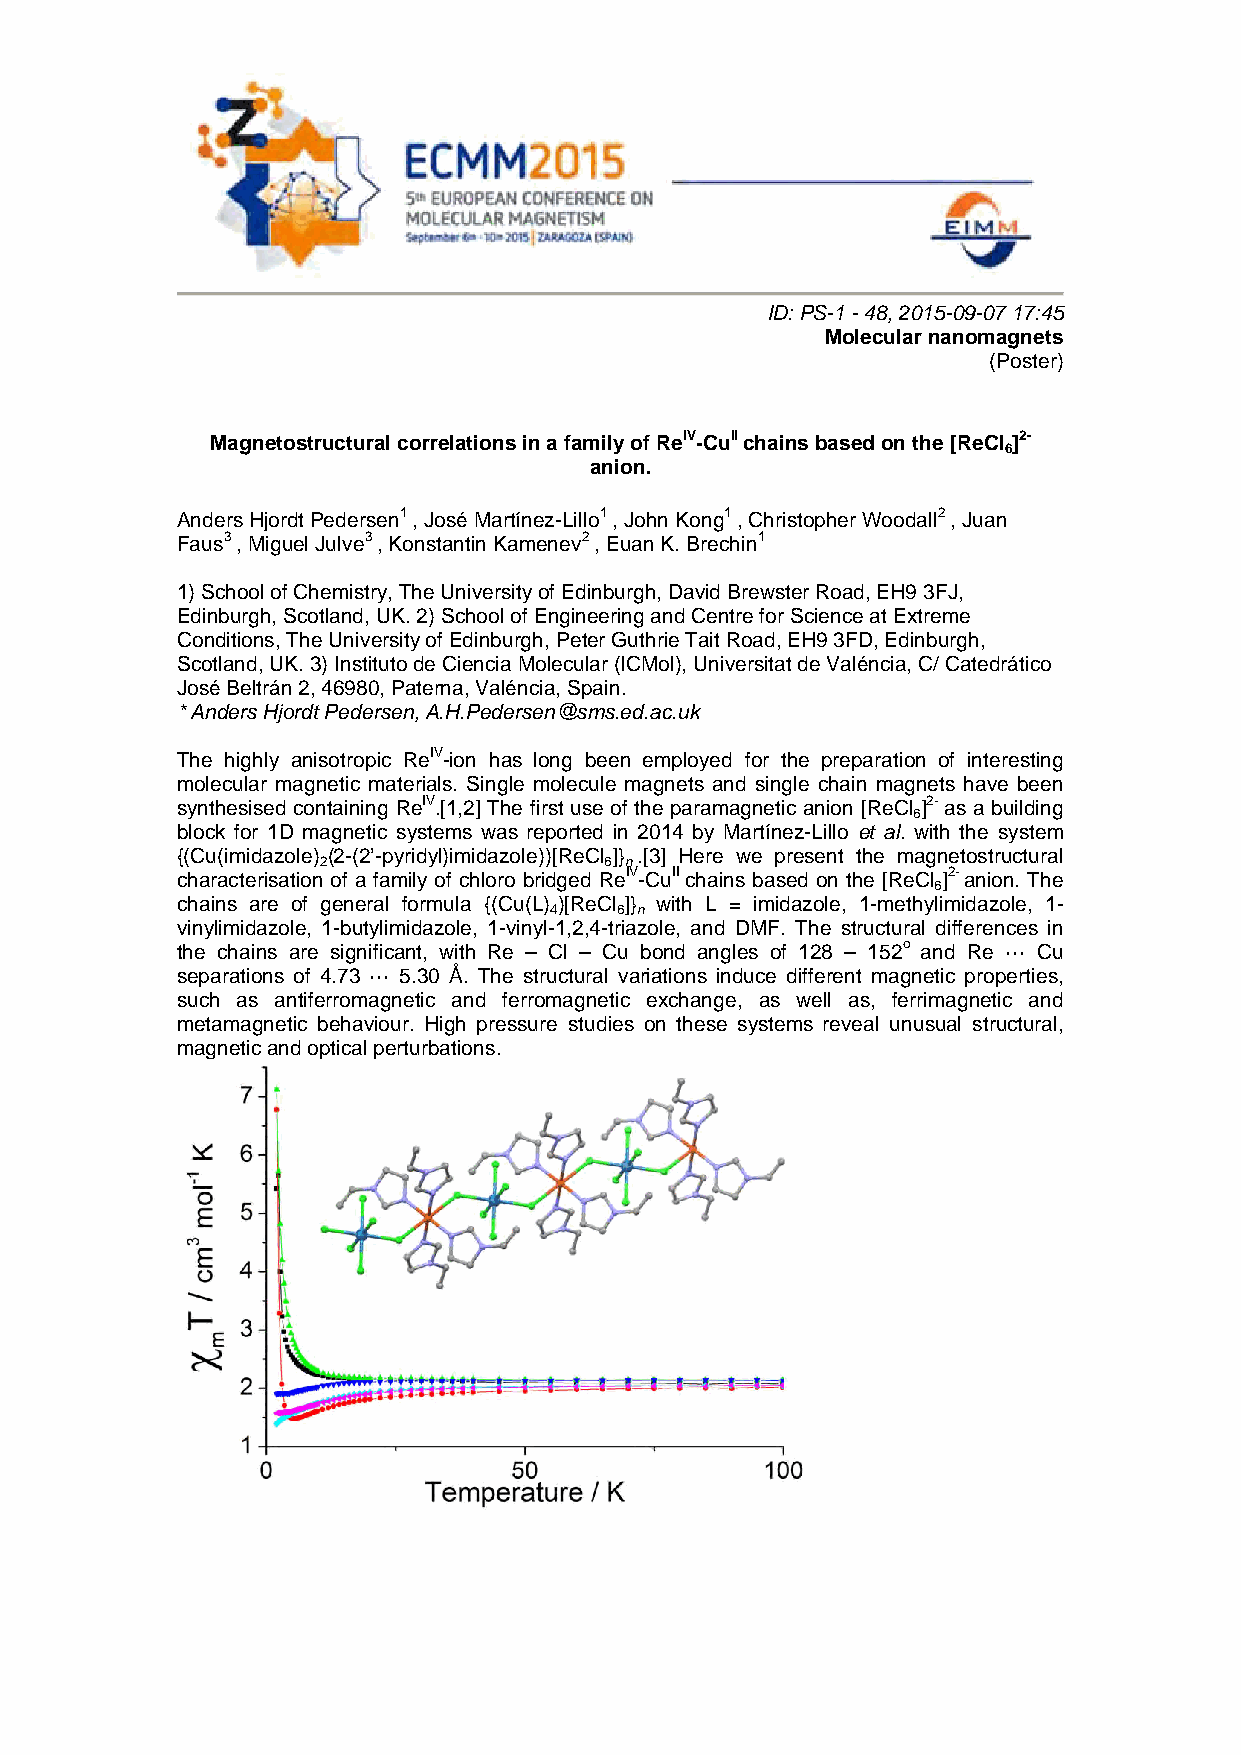
ID: PS-1 - 48, 2015-09-07 17:45
 Molecular nanomagnets
 (Poster)
 Magnetostructural correlations in a family of ReIV-CuII chains based on the [ReCl ]2-
 6
 anion.
 Anders Hjordt Pedersen1 , José Martínez-Lillo1 , John Kong1 , Christopher Woodall2 , Juan
 Faus3 , Miguel Julve3 , Konstantin Kamenev2 , Euan K. Brechin1
 1) School of Chemistry, The University of Edinburgh, David Brewster Road, EH9 3FJ,
 Edinburgh, Scotland, UK. 2) School of Engineering and Centre for Science at Extreme
 Conditions, The University of Edinburgh, Peter Guthrie Tait Road, EH9 3FD, Edinburgh,
 Scotland, UK. 3) Instituto de Ciencia Molecular (ICMol), Universitat de Valéncia, C/ Catedrático
 José Beltrán 2, 46980, Paterna, Valéncia, Spain.
 * Anders Hjordt Pedersen, A.H.Pedersen@sms.ed.ac.uk
 The highly anisotropic ReIV-ion has long been employed for the preparation of interesting
 molecular magnetic materials. Single molecule magnets and single chain magnets have been
 synthesised containing ReIV.[1,2] The first use of the paramagnetic anion [ReCl ]2- as a building
 6
 block for 1D magnetic systems was reported in 2014 by Martínez-Lillo et al. with the system
 {(Cu(imidazole) (2-(2’-pyridyl)imidazole))[ReCl ]} .[3] Here we present the magnetostructural
 2                  6 n
 characterisation of a family of chloro bridged ReIV-CuII chains based on the [ReCl ]2- anion. The
 6
 chains are of general formula {(Cu(L) )[ReCl ]} with L = imidazole, 1-methylimidazole, 1-
 4    6 n
 vinylimidazole, 1-butylimidazole, 1-vinyl-1,2,4-triazole, and DMF. The structural differences in
 the chains are significant, with Re – Cl – Cu bond angles of 128 – 152o and Re ··· Cu
 separations of 4.73 ··· 5.30 Å. The structural variations induce different magnetic properties,
 such as antiferromagnetic and ferromagnetic exchange, as well as, ferrimagnetic and
 metamagnetic behaviour. High pressure studies on these systems reveal unusual structural,
 magnetic and optical perturbations.